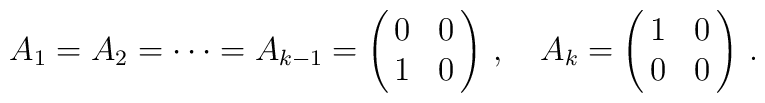
A_{1} =A_{2}=\cdots =A_{k-1}= \left( \begin{array}{@{\,}cc@{\,}}   0   &    0     \\   1   &    0   \end{array}  \right)\,,\quad  A_{k} =\left( \begin{array}{@{\,}cc@{\,}}   1   &    0     \\   0   &    0   \end{array}  \right)\,.